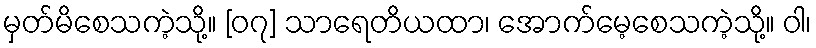
မှတ်မိစေသကဲ့သို့။ [၀၇] သာရေတိယထာ၊ အောက်မေ့စေသကဲ့သို့။ ဝါ၊